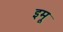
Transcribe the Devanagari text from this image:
इमू